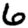
Digit: 6